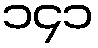
၁၄၁